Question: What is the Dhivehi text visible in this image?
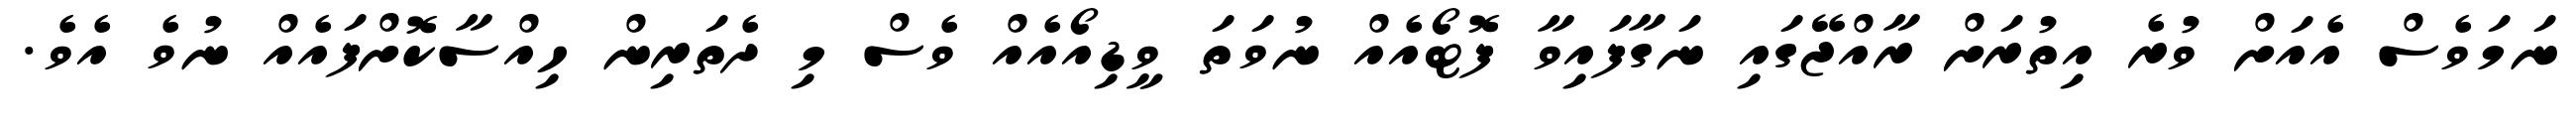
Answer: ނަމަވެސް އެއަށް ވުރެ އިތުރަށް ރާއްޖޭގައި ނަގާފައިވާ ފޮޓޯއެއް ނުވަތަ ވީޑިއޯއެއް ވެސް މި ދެތަރިން ހިއްސާކޮށްފައެއް ނުވެ އެވެ.